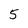
Character: 5